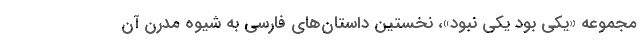
مجموعه «یکی بود یکی نبود»، نخستین داستان‌های فارسی به شیوه مدرن آن